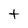
Character: t